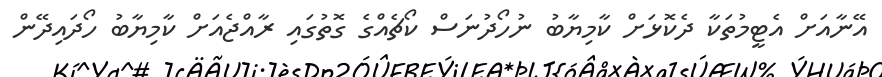
އޭނާއަށް އެޓީމުތަކާ ދެކޮޅަށް ކާމިޔާބު ނުހޯދުނަސް ކޯޗެއްގެ ގޮތުގައި ރާއްޖެއަށް ކާމިޔާބު ހޯދައިދޭން